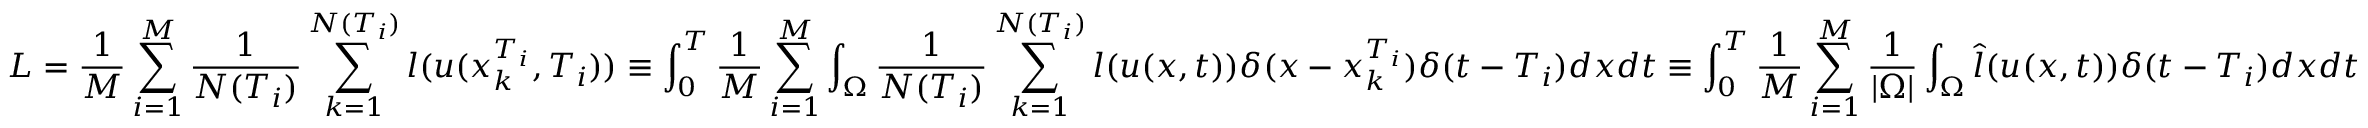
L = \frac { 1 } { M } \sum _ { i = 1 } ^ { M } \frac { 1 } { N ( T _ { i } ) } \sum _ { k = 1 } ^ { N ( T _ { i } ) } l ( u ( x _ { k } ^ { T _ { i } } , T _ { i } ) ) \equiv \int _ { 0 } ^ { T } \frac { 1 } { M } \sum _ { i = 1 } ^ { M } \int _ { \Omega } \frac { 1 } { N ( T _ { i } ) } \sum _ { k = 1 } ^ { N ( T _ { i } ) } l ( u ( x , t ) ) \delta ( x - x _ { k } ^ { T _ { i } } ) \delta ( t - T _ { i } ) d x d t \allowbreak \equiv \int _ { 0 } ^ { T } \frac { 1 } { M } \sum _ { i = 1 } ^ { M } \frac { 1 } { | \Omega | } \int _ { \Omega } \hat { l } ( u ( x , t ) ) \delta ( t - T _ { i } ) d x d t